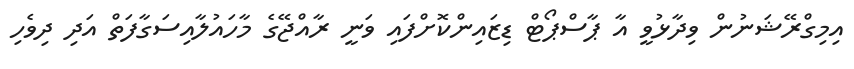
އިމިގްރޭޝަނުން ވިދާޅުވީ އާ ޕާސްޕޯޓް ޑިޒައިންކޮށްފައި ވަނީ ރާއްޖޭގެ މާހައުލާއިސަގާފަތް އަދި ދިވެހި